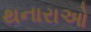
થનારાઓ